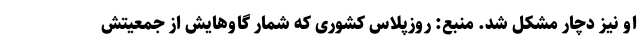
او نیز دچار مشکل شد. منبع: روزپلاس کشوری که شمار گاوهایش از جمعیتش